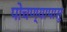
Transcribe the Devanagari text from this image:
पोचण्यापासू